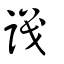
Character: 識